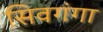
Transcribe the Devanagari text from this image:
सिवगंगा